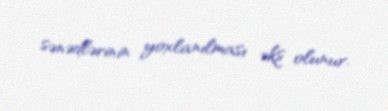
sənədlərinin yoxlanılması əks olunur.